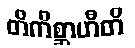
တိကိစ္ဆာဟီတိ